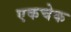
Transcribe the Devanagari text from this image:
एकचेक